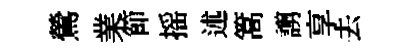
鶯業節摇述篙謭享去